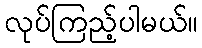
လုပ်ကြည့်ပါမယ်။